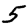
Digit: 5